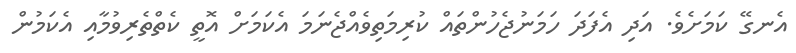
އެނގޭ ކަމަށެވެ. އަދި އެފަދަ ހަމަނުޖެހުންތައް ކުރިމަތިވެއްޖެނަމަ އެކަމަށް އޮތީ ކެތްތެރިވުމާއި އެކަމުން